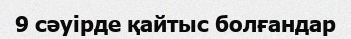
9 сәуірде қайтыс болғандар